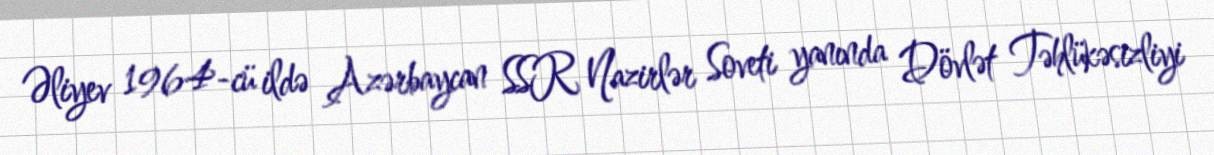
Əliyev 1964-cü ildə Azərbaycan SSR Nazirlər Soveti yanında Dövlət Təhlükəsizliyi